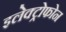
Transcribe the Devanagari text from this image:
इलेक्ट्रोफोन